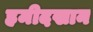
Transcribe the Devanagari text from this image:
हमीदखान